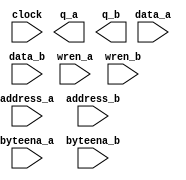
// megafunction wizard: %RAM: 2-PORT%VBB%
// GENERATION: STANDARD
// VERSION: WM1.0
// MODULE: altsyncram 

// ============================================================
// Megafunction Name(s):
// 			altsyncram
//
// Simulation Library Files(s):
// 			altera_mf
// ============================================================
// ************************************************************
// THIS IS A WIZARD-GENERATED FILE. DO NOT EDIT THIS FILE!
//
// 14.0.0 Build 200 06/17/2014 SJ Web Edition
// ************************************************************

//Copyright (C) 1991-2014 Altera Corporation. All rights reserved.
//Your use of Altera Corporation's design tools, logic functions 
//and other software and tools, and its AMPP partner logic 
//functions, and any output files from any of the foregoing 
//(including device programming or simulation files), and any 
//associated documentation or information are expressly subject 
//to the terms and conditions of the Altera Program License 
//Subscription Agreement, the Altera Quartus II License Agreement,
//the Altera MegaCore Function License Agreement, or other 
//applicable license agreement, including, without limitation, 
//that your use is for the sole purpose of programming logic 
//devices manufactured by Altera and sold by Altera or its 
//authorized distributors.  Please refer to the applicable 
//agreement for further details.

module ram (
	address_a,
	address_b,
	byteena_a,
	byteena_b,
	clock,
	data_a,
	data_b,
	wren_a,
	wren_b,
	q_a,
	q_b);

	input	[9:0]  address_a;
	input	[9:0]  address_b;
	input	[3:0]  byteena_a;
	input	[3:0]  byteena_b;
	input	  clock;
	input	[31:0]  data_a;
	input	[31:0]  data_b;
	input	  wren_a;
	input	  wren_b;
	output	[31:0]  q_a;
	output	[31:0]  q_b;
`ifndef ALTERA_RESERVED_QIS
// synopsys translate_off
`endif
	tri1	[3:0]  byteena_a;
	tri1	[3:0]  byteena_b;
	tri1	  clock;
	tri0	  wren_a;
	tri0	  wren_b;
`ifndef ALTERA_RESERVED_QIS
// synopsys translate_on
`endif

endmodule

// ============================================================
// CNX file retrieval info
// ============================================================
// Retrieval info: PRIVATE: ADDRESSSTALL_A NUMERIC "0"
// Retrieval info: PRIVATE: ADDRESSSTALL_B NUMERIC "0"
// Retrieval info: PRIVATE: BYTEENA_ACLR_A NUMERIC "0"
// Retrieval info: PRIVATE: BYTEENA_ACLR_B NUMERIC "0"
// Retrieval info: PRIVATE: BYTE_ENABLE_A NUMERIC "1"
// Retrieval info: PRIVATE: BYTE_ENABLE_B NUMERIC "1"
// Retrieval info: PRIVATE: BYTE_SIZE NUMERIC "8"
// Retrieval info: PRIVATE: BlankMemory NUMERIC "1"
// Retrieval info: PRIVATE: CLOCK_ENABLE_INPUT_A NUMERIC "0"
// Retrieval info: PRIVATE: CLOCK_ENABLE_INPUT_B NUMERIC "0"
// Retrieval info: PRIVATE: CLOCK_ENABLE_OUTPUT_A NUMERIC "0"
// Retrieval info: PRIVATE: CLOCK_ENABLE_OUTPUT_B NUMERIC "0"
// Retrieval info: PRIVATE: CLRdata NUMERIC "0"
// Retrieval info: PRIVATE: CLRq NUMERIC "0"
// Retrieval info: PRIVATE: CLRrdaddress NUMERIC "0"
// Retrieval info: PRIVATE: CLRrren NUMERIC "0"
// Retrieval info: PRIVATE: CLRwraddress NUMERIC "0"
// Retrieval info: PRIVATE: CLRwren NUMERIC "0"
// Retrieval info: PRIVATE: Clock NUMERIC "0"
// Retrieval info: PRIVATE: Clock_A NUMERIC "0"
// Retrieval info: PRIVATE: Clock_B NUMERIC "0"
// Retrieval info: PRIVATE: IMPLEMENT_IN_LES NUMERIC "0"
// Retrieval info: PRIVATE: INDATA_ACLR_B NUMERIC "0"
// Retrieval info: PRIVATE: INDATA_REG_B NUMERIC "1"
// Retrieval info: PRIVATE: INIT_FILE_LAYOUT STRING "PORT_A"
// Retrieval info: PRIVATE: INIT_TO_SIM_X NUMERIC "0"
// Retrieval info: PRIVATE: INTENDED_DEVICE_FAMILY STRING "Cyclone V"
// Retrieval info: PRIVATE: JTAG_ENABLED NUMERIC "0"
// Retrieval info: PRIVATE: JTAG_ID STRING "NONE"
// Retrieval info: PRIVATE: MAXIMUM_DEPTH NUMERIC "0"
// Retrieval info: PRIVATE: MEMSIZE NUMERIC "32768"
// Retrieval info: PRIVATE: MEM_IN_BITS NUMERIC "0"
// Retrieval info: PRIVATE: MIFfilename STRING ""
// Retrieval info: PRIVATE: OPERATION_MODE NUMERIC "3"
// Retrieval info: PRIVATE: OUTDATA_ACLR_B NUMERIC "0"
// Retrieval info: PRIVATE: OUTDATA_REG_B NUMERIC "0"
// Retrieval info: PRIVATE: RAM_BLOCK_TYPE NUMERIC "0"
// Retrieval info: PRIVATE: READ_DURING_WRITE_MODE_MIXED_PORTS NUMERIC "2"
// Retrieval info: PRIVATE: READ_DURING_WRITE_MODE_PORT_A NUMERIC "3"
// Retrieval info: PRIVATE: READ_DURING_WRITE_MODE_PORT_B NUMERIC "3"
// Retrieval info: PRIVATE: REGdata NUMERIC "1"
// Retrieval info: PRIVATE: REGq NUMERIC "0"
// Retrieval info: PRIVATE: REGrdaddress NUMERIC "0"
// Retrieval info: PRIVATE: REGrren NUMERIC "0"
// Retrieval info: PRIVATE: REGwraddress NUMERIC "1"
// Retrieval info: PRIVATE: REGwren NUMERIC "1"
// Retrieval info: PRIVATE: SYNTH_WRAPPER_GEN_POSTFIX STRING "0"
// Retrieval info: PRIVATE: USE_DIFF_CLKEN NUMERIC "0"
// Retrieval info: PRIVATE: UseDPRAM NUMERIC "1"
// Retrieval info: PRIVATE: VarWidth NUMERIC "0"
// Retrieval info: PRIVATE: WIDTH_READ_A NUMERIC "32"
// Retrieval info: PRIVATE: WIDTH_READ_B NUMERIC "32"
// Retrieval info: PRIVATE: WIDTH_WRITE_A NUMERIC "32"
// Retrieval info: PRIVATE: WIDTH_WRITE_B NUMERIC "32"
// Retrieval info: PRIVATE: WRADDR_ACLR_B NUMERIC "0"
// Retrieval info: PRIVATE: WRADDR_REG_B NUMERIC "1"
// Retrieval info: PRIVATE: WRCTRL_ACLR_B NUMERIC "0"
// Retrieval info: PRIVATE: enable NUMERIC "0"
// Retrieval info: PRIVATE: rden NUMERIC "0"
// Retrieval info: LIBRARY: altera_mf altera_mf.altera_mf_components.all
// Retrieval info: CONSTANT: ADDRESS_REG_B STRING "CLOCK0"
// Retrieval info: CONSTANT: BYTEENA_REG_B STRING "CLOCK0"
// Retrieval info: CONSTANT: BYTE_SIZE NUMERIC "8"
// Retrieval info: CONSTANT: CLOCK_ENABLE_INPUT_A STRING "BYPASS"
// Retrieval info: CONSTANT: CLOCK_ENABLE_INPUT_B STRING "BYPASS"
// Retrieval info: CONSTANT: CLOCK_ENABLE_OUTPUT_A STRING "BYPASS"
// Retrieval info: CONSTANT: CLOCK_ENABLE_OUTPUT_B STRING "BYPASS"
// Retrieval info: CONSTANT: INDATA_REG_B STRING "CLOCK0"
// Retrieval info: CONSTANT: INTENDED_DEVICE_FAMILY STRING "Cyclone V"
// Retrieval info: CONSTANT: LPM_TYPE STRING "altsyncram"
// Retrieval info: CONSTANT: NUMWORDS_A NUMERIC "1024"
// Retrieval info: CONSTANT: NUMWORDS_B NUMERIC "1024"
// Retrieval info: CONSTANT: OPERATION_MODE STRING "BIDIR_DUAL_PORT"
// Retrieval info: CONSTANT: OUTDATA_ACLR_A STRING "NONE"
// Retrieval info: CONSTANT: OUTDATA_ACLR_B STRING "NONE"
// Retrieval info: CONSTANT: OUTDATA_REG_A STRING "UNREGISTERED"
// Retrieval info: CONSTANT: OUTDATA_REG_B STRING "UNREGISTERED"
// Retrieval info: CONSTANT: POWER_UP_UNINITIALIZED STRING "FALSE"
// Retrieval info: CONSTANT: READ_DURING_WRITE_MODE_MIXED_PORTS STRING "DONT_CARE"
// Retrieval info: CONSTANT: READ_DURING_WRITE_MODE_PORT_A STRING "NEW_DATA_NO_NBE_READ"
// Retrieval info: CONSTANT: READ_DURING_WRITE_MODE_PORT_B STRING "NEW_DATA_NO_NBE_READ"
// Retrieval info: CONSTANT: WIDTHAD_A NUMERIC "10"
// Retrieval info: CONSTANT: WIDTHAD_B NUMERIC "10"
// Retrieval info: CONSTANT: WIDTH_A NUMERIC "32"
// Retrieval info: CONSTANT: WIDTH_B NUMERIC "32"
// Retrieval info: CONSTANT: WIDTH_BYTEENA_A NUMERIC "4"
// Retrieval info: CONSTANT: WIDTH_BYTEENA_B NUMERIC "4"
// Retrieval info: CONSTANT: WRCONTROL_WRADDRESS_REG_B STRING "CLOCK0"
// Retrieval info: USED_PORT: address_a 0 0 10 0 INPUT NODEFVAL "address_a[9..0]"
// Retrieval info: USED_PORT: address_b 0 0 10 0 INPUT NODEFVAL "address_b[9..0]"
// Retrieval info: USED_PORT: byteena_a 0 0 4 0 INPUT VCC "byteena_a[3..0]"
// Retrieval info: USED_PORT: byteena_b 0 0 4 0 INPUT VCC "byteena_b[3..0]"
// Retrieval info: USED_PORT: clock 0 0 0 0 INPUT VCC "clock"
// Retrieval info: USED_PORT: data_a 0 0 32 0 INPUT NODEFVAL "data_a[31..0]"
// Retrieval info: USED_PORT: data_b 0 0 32 0 INPUT NODEFVAL "data_b[31..0]"
// Retrieval info: USED_PORT: q_a 0 0 32 0 OUTPUT NODEFVAL "q_a[31..0]"
// Retrieval info: USED_PORT: q_b 0 0 32 0 OUTPUT NODEFVAL "q_b[31..0]"
// Retrieval info: USED_PORT: wren_a 0 0 0 0 INPUT GND "wren_a"
// Retrieval info: USED_PORT: wren_b 0 0 0 0 INPUT GND "wren_b"
// Retrieval info: CONNECT: @address_a 0 0 10 0 address_a 0 0 10 0
// Retrieval info: CONNECT: @address_b 0 0 10 0 address_b 0 0 10 0
// Retrieval info: CONNECT: @byteena_a 0 0 4 0 byteena_a 0 0 4 0
// Retrieval info: CONNECT: @byteena_b 0 0 4 0 byteena_b 0 0 4 0
// Retrieval info: CONNECT: @clock0 0 0 0 0 clock 0 0 0 0
// Retrieval info: CONNECT: @data_a 0 0 32 0 data_a 0 0 32 0
// Retrieval info: CONNECT: @data_b 0 0 32 0 data_b 0 0 32 0
// Retrieval info: CONNECT: @wren_a 0 0 0 0 wren_a 0 0 0 0
// Retrieval info: CONNECT: @wren_b 0 0 0 0 wren_b 0 0 0 0
// Retrieval info: CONNECT: q_a 0 0 32 0 @q_a 0 0 32 0
// Retrieval info: CONNECT: q_b 0 0 32 0 @q_b 0 0 32 0
// Retrieval info: GEN_FILE: TYPE_NORMAL ram.v TRUE
// Retrieval info: GEN_FILE: TYPE_NORMAL ram.inc FALSE
// Retrieval info: GEN_FILE: TYPE_NORMAL ram.cmp FALSE
// Retrieval info: GEN_FILE: TYPE_NORMAL ram.bsf FALSE
// Retrieval info: GEN_FILE: TYPE_NORMAL ram_inst.v FALSE
// Retrieval info: GEN_FILE: TYPE_NORMAL ram_bb.v TRUE
// Retrieval info: LIB_FILE: altera_mf